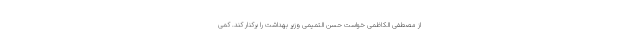
از مصطفی الکاظمی خواست حسن التمیمی وزیر بهداشت را برکنار کند. کمی